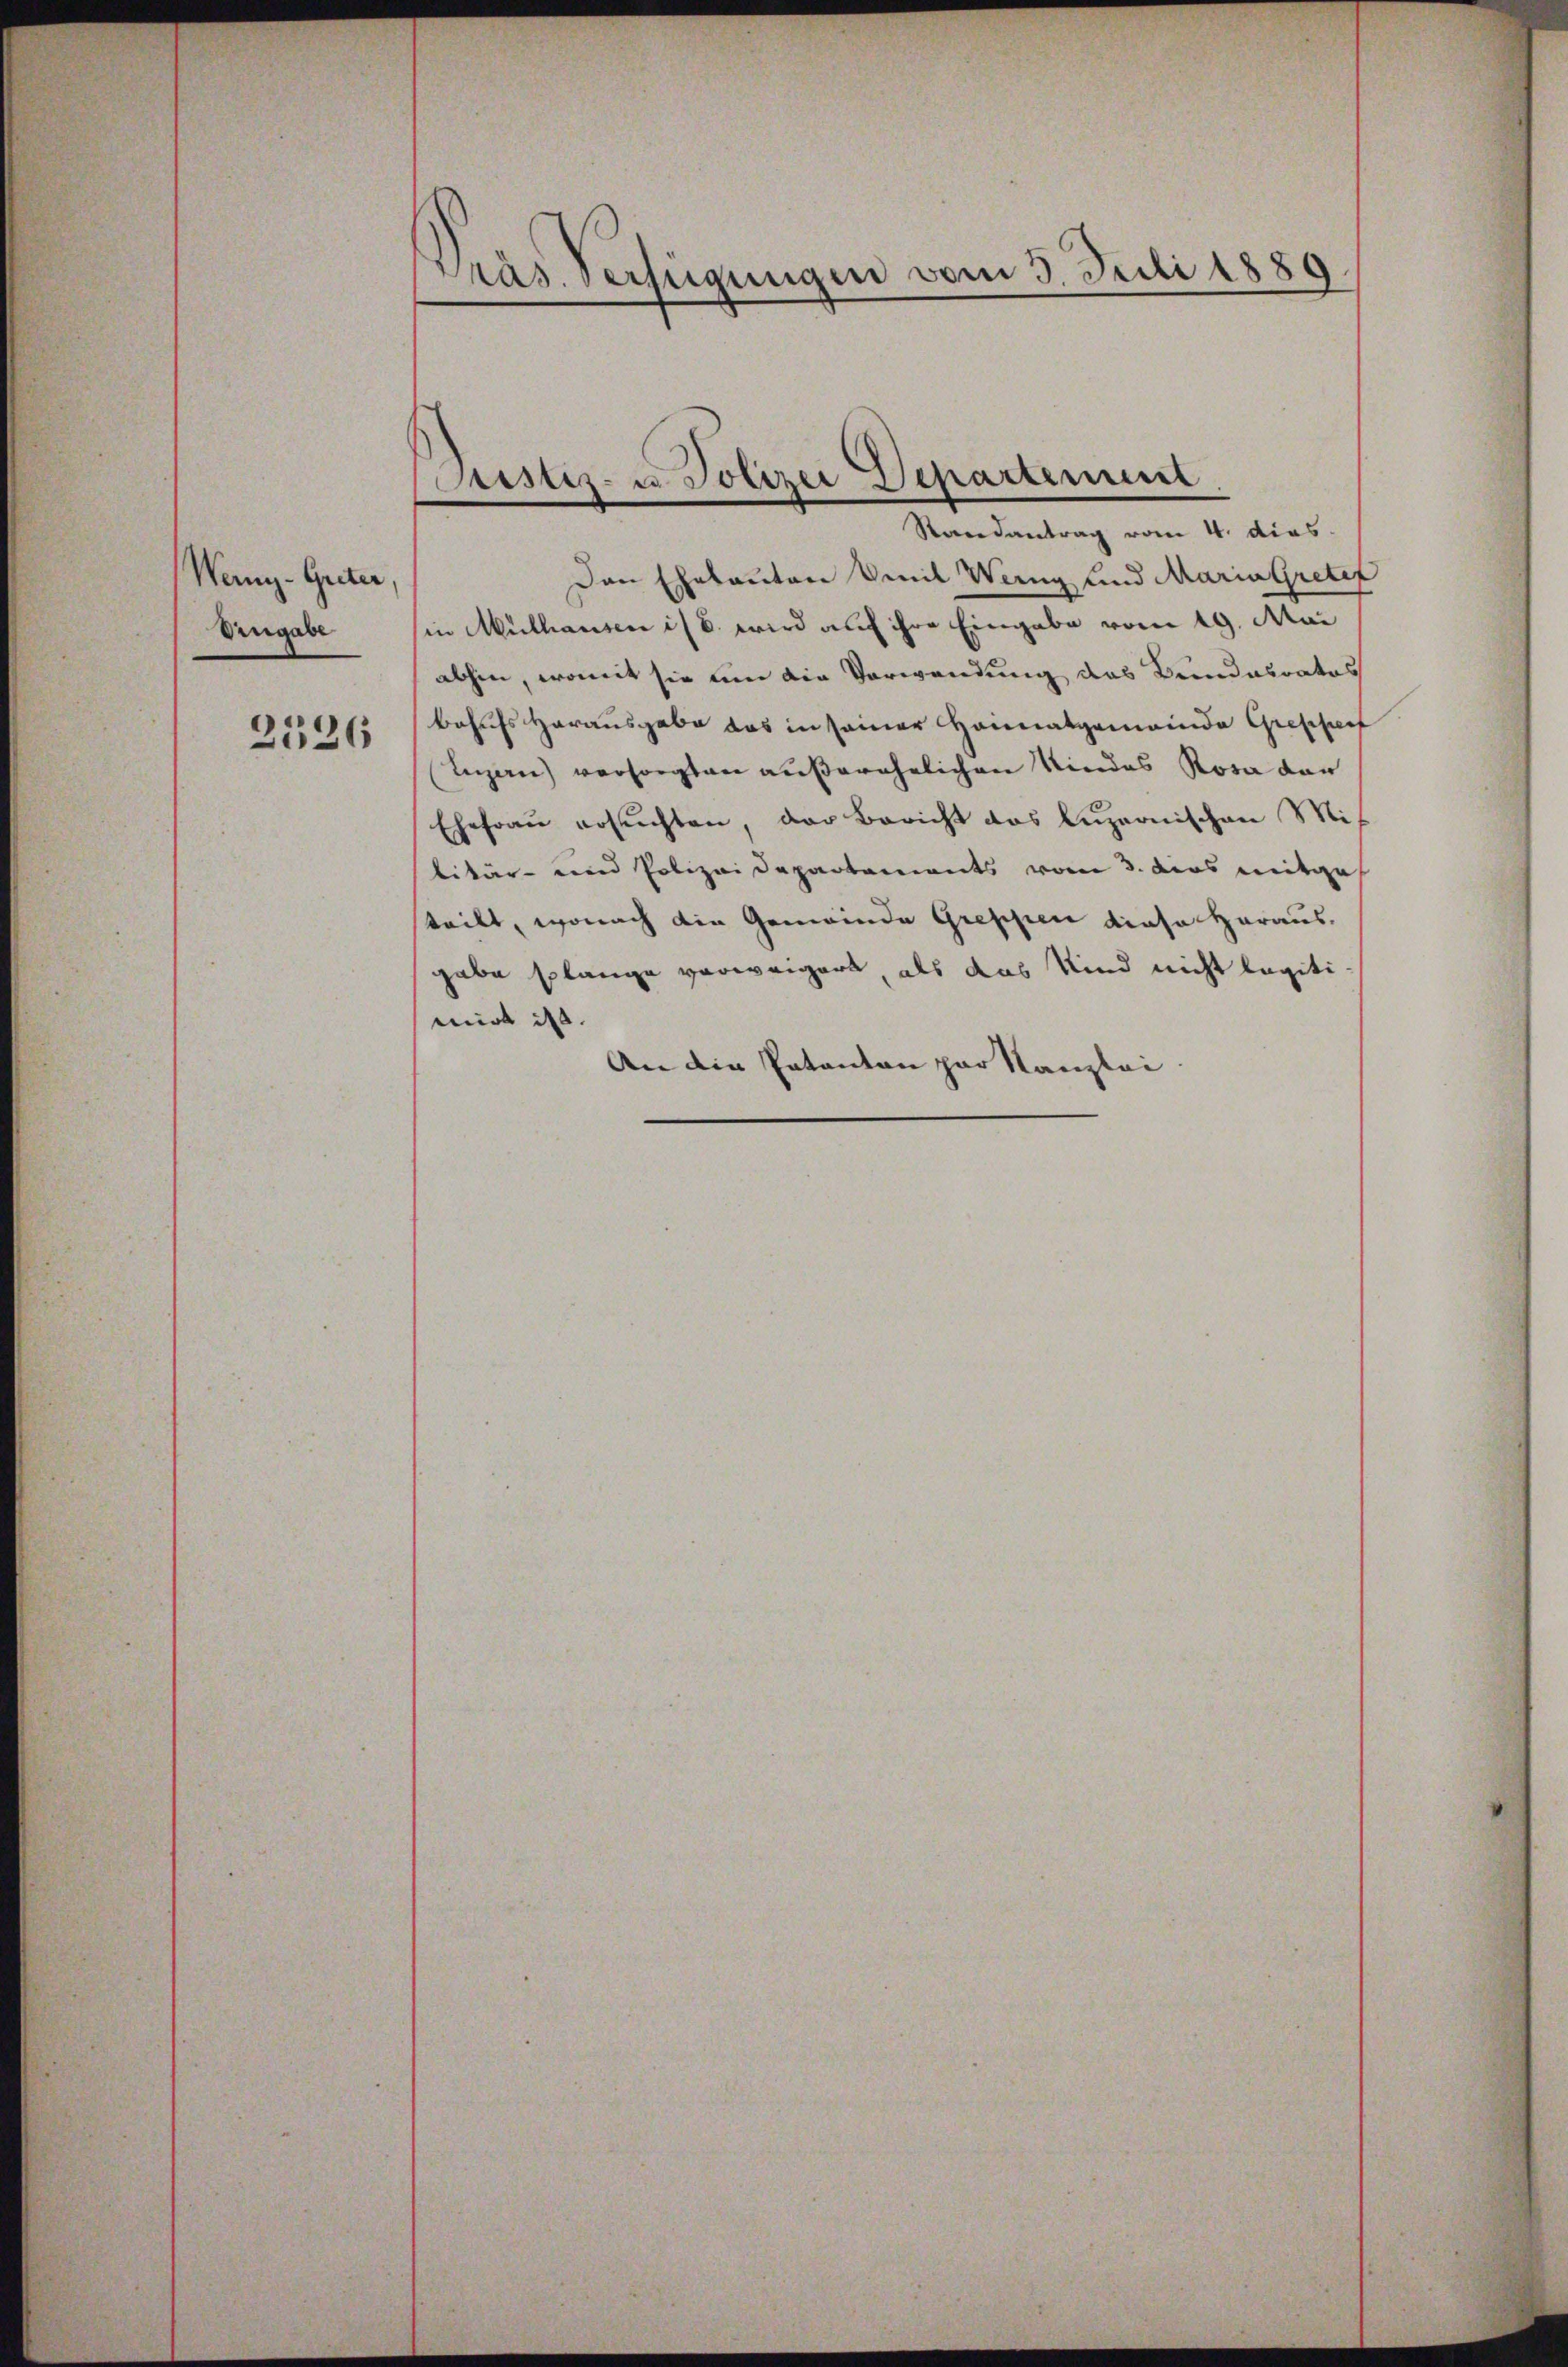
Wer-Greter
Uengabe
2526

Präs. Verfügungen vom 3. Juli 1889

ustiz- u. Polizei Departement
Randantrag vom 4. dies

Den Ehekanton Omnil Weing und Maria Grete
in Mülhausen ist wird auf ihre Eingabe vom 19. Mai
abhin, womit sie um die Vorwendung des Bundesrates
Behufs Herausgabe das in seiner Heimatgemeinde Grefferf
Luzern) versorgten außerehelichen Kindes Rosa dan
Ehefraŭ ersuchten, der Bericht das Lŭzernischen Mit
litär- und Polizeidepartements vom 3. das mitge
teilt, wonach die Gemeinde Greppen diese Heraus-
gabe solange verweigert, als das Kind nicht legiti
mirt ist.
An die Patanton par Kanzlei.